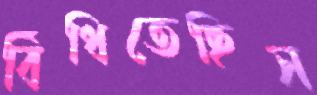
বিঁধিতেছিস